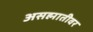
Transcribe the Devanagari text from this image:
असह्मातीवर